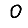
Digit: 0